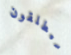
سيطلقون